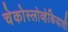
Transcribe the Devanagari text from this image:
चेकोस्लोव्हेकियाची